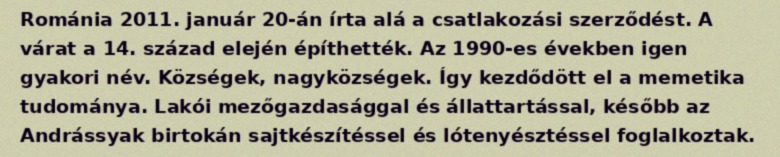
Románia 2011. január 20-án írta alá a csatlakozási szerződést. A várat a 14. század elején építhették. Az 1990-es években igen gyakori név. Községek, nagyközségek. Így kezdődött el a memetika tudománya. Lakói mezőgazdasággal és állattartással, később az Andrássyak birtokán sajtkészítéssel és lótenyésztéssel foglalkoztak.